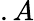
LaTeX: .A